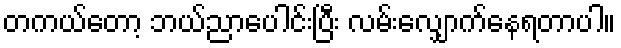
တကယ်တော့ ဘယ်ညာပေါင်းပြီး လမ်းလျှောက်နေရတာပါ။